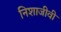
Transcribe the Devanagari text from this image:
निशाजीवी